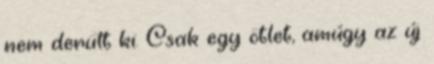
nem derült ki. Csak egy ötlet, amúgy az új